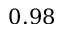
0 . 9 8